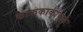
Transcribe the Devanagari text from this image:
काककाकाककः